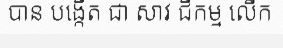
បាន បង្កើត ជា សាវ ជីកម្ម លើក